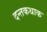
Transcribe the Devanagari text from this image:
दन्तकथाक